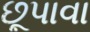
છૂપાવા